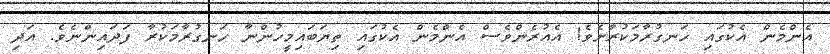
އެންމެން އެކުގައި ހަނގުރާމަކުރާށެވެ! އެއުރެންވެސް އެންމެން އެކުގައި ތިޔަބައިމީހުންނާ ހަނގުރާމަކުރާ ފަދައިންނެވެ. އަދި